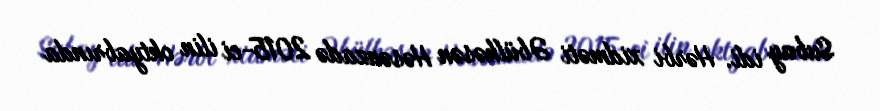
Subay idi. Hərbi xidməti Əbülhəsən Həsənzadə 2015-ci ilin oktyabrında